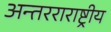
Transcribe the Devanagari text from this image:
अन्तरराराष्ट्रीय